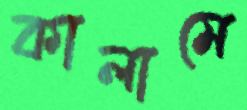
কালামে